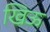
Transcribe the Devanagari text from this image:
खिऊ